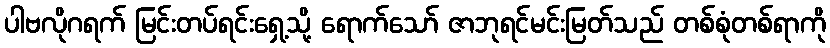
ပါဗလိုဂရက် မြင်းတပ်ရင်းရှေ့သို့ ရောက်သော် ဇာဘုရင်မင်းမြတ်သည် တစ်စုံတစ်ရာကို